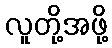
လူတို့အဖို့